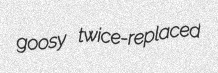
goosy twice-replaced